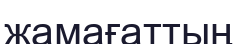
жамағаттың